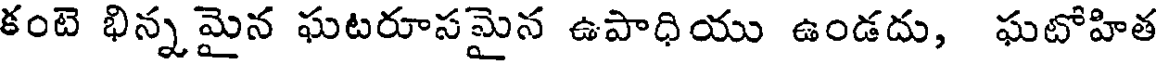
కంటె భిన్నమైన ఘటరూసమైన ఉపాధియు ఉండదు, ఘటోహిత